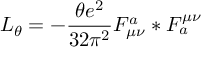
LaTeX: { \cal L } _ { \theta } = - \frac { \theta e ^ { 2 } } { 3 2 \pi ^ { 2 } } F _ { \mu \nu } ^ { a } * F _ { a } ^ { \mu \nu }